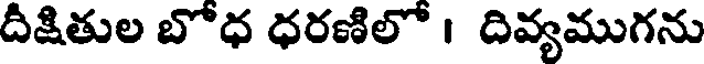
దీక్షితుల బొధ ధరణిలో । దివ్యముగను